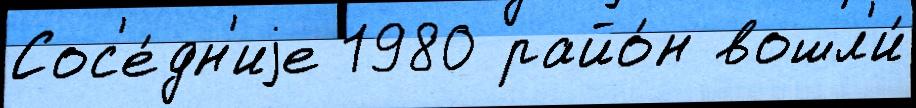
Сос'е́дн'иjе 1980 райо́н вошл'и́